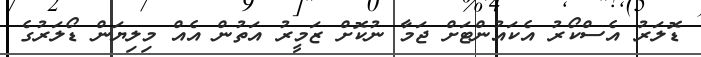
ޑޮލަރު އެސްކޯރު އެކައުންޓަށް ޖަމާ ނުކޮށް ޒަމީރު އަތުން އެއް މިލިޔަން ޑޯލަރުގެ